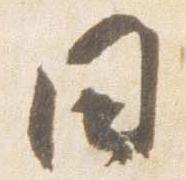
日